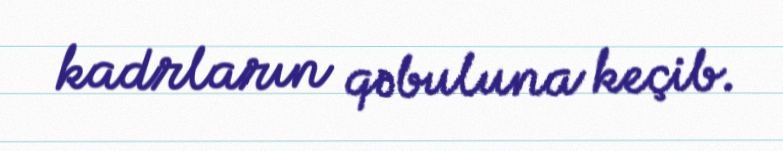
kadrların qəbuluna keçib.